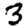
Digit: 3